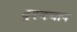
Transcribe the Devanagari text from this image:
दृश्यचाप